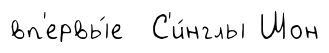
вп'ервы́е С'и́нглы Шон